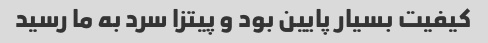
کیفیت بسیار پایین بود و پیتزا سرد به ما رسید